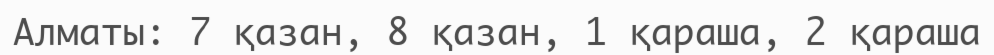
Алматы: 7 қазан, 8 қазан, 1 қараша, 2 қараша